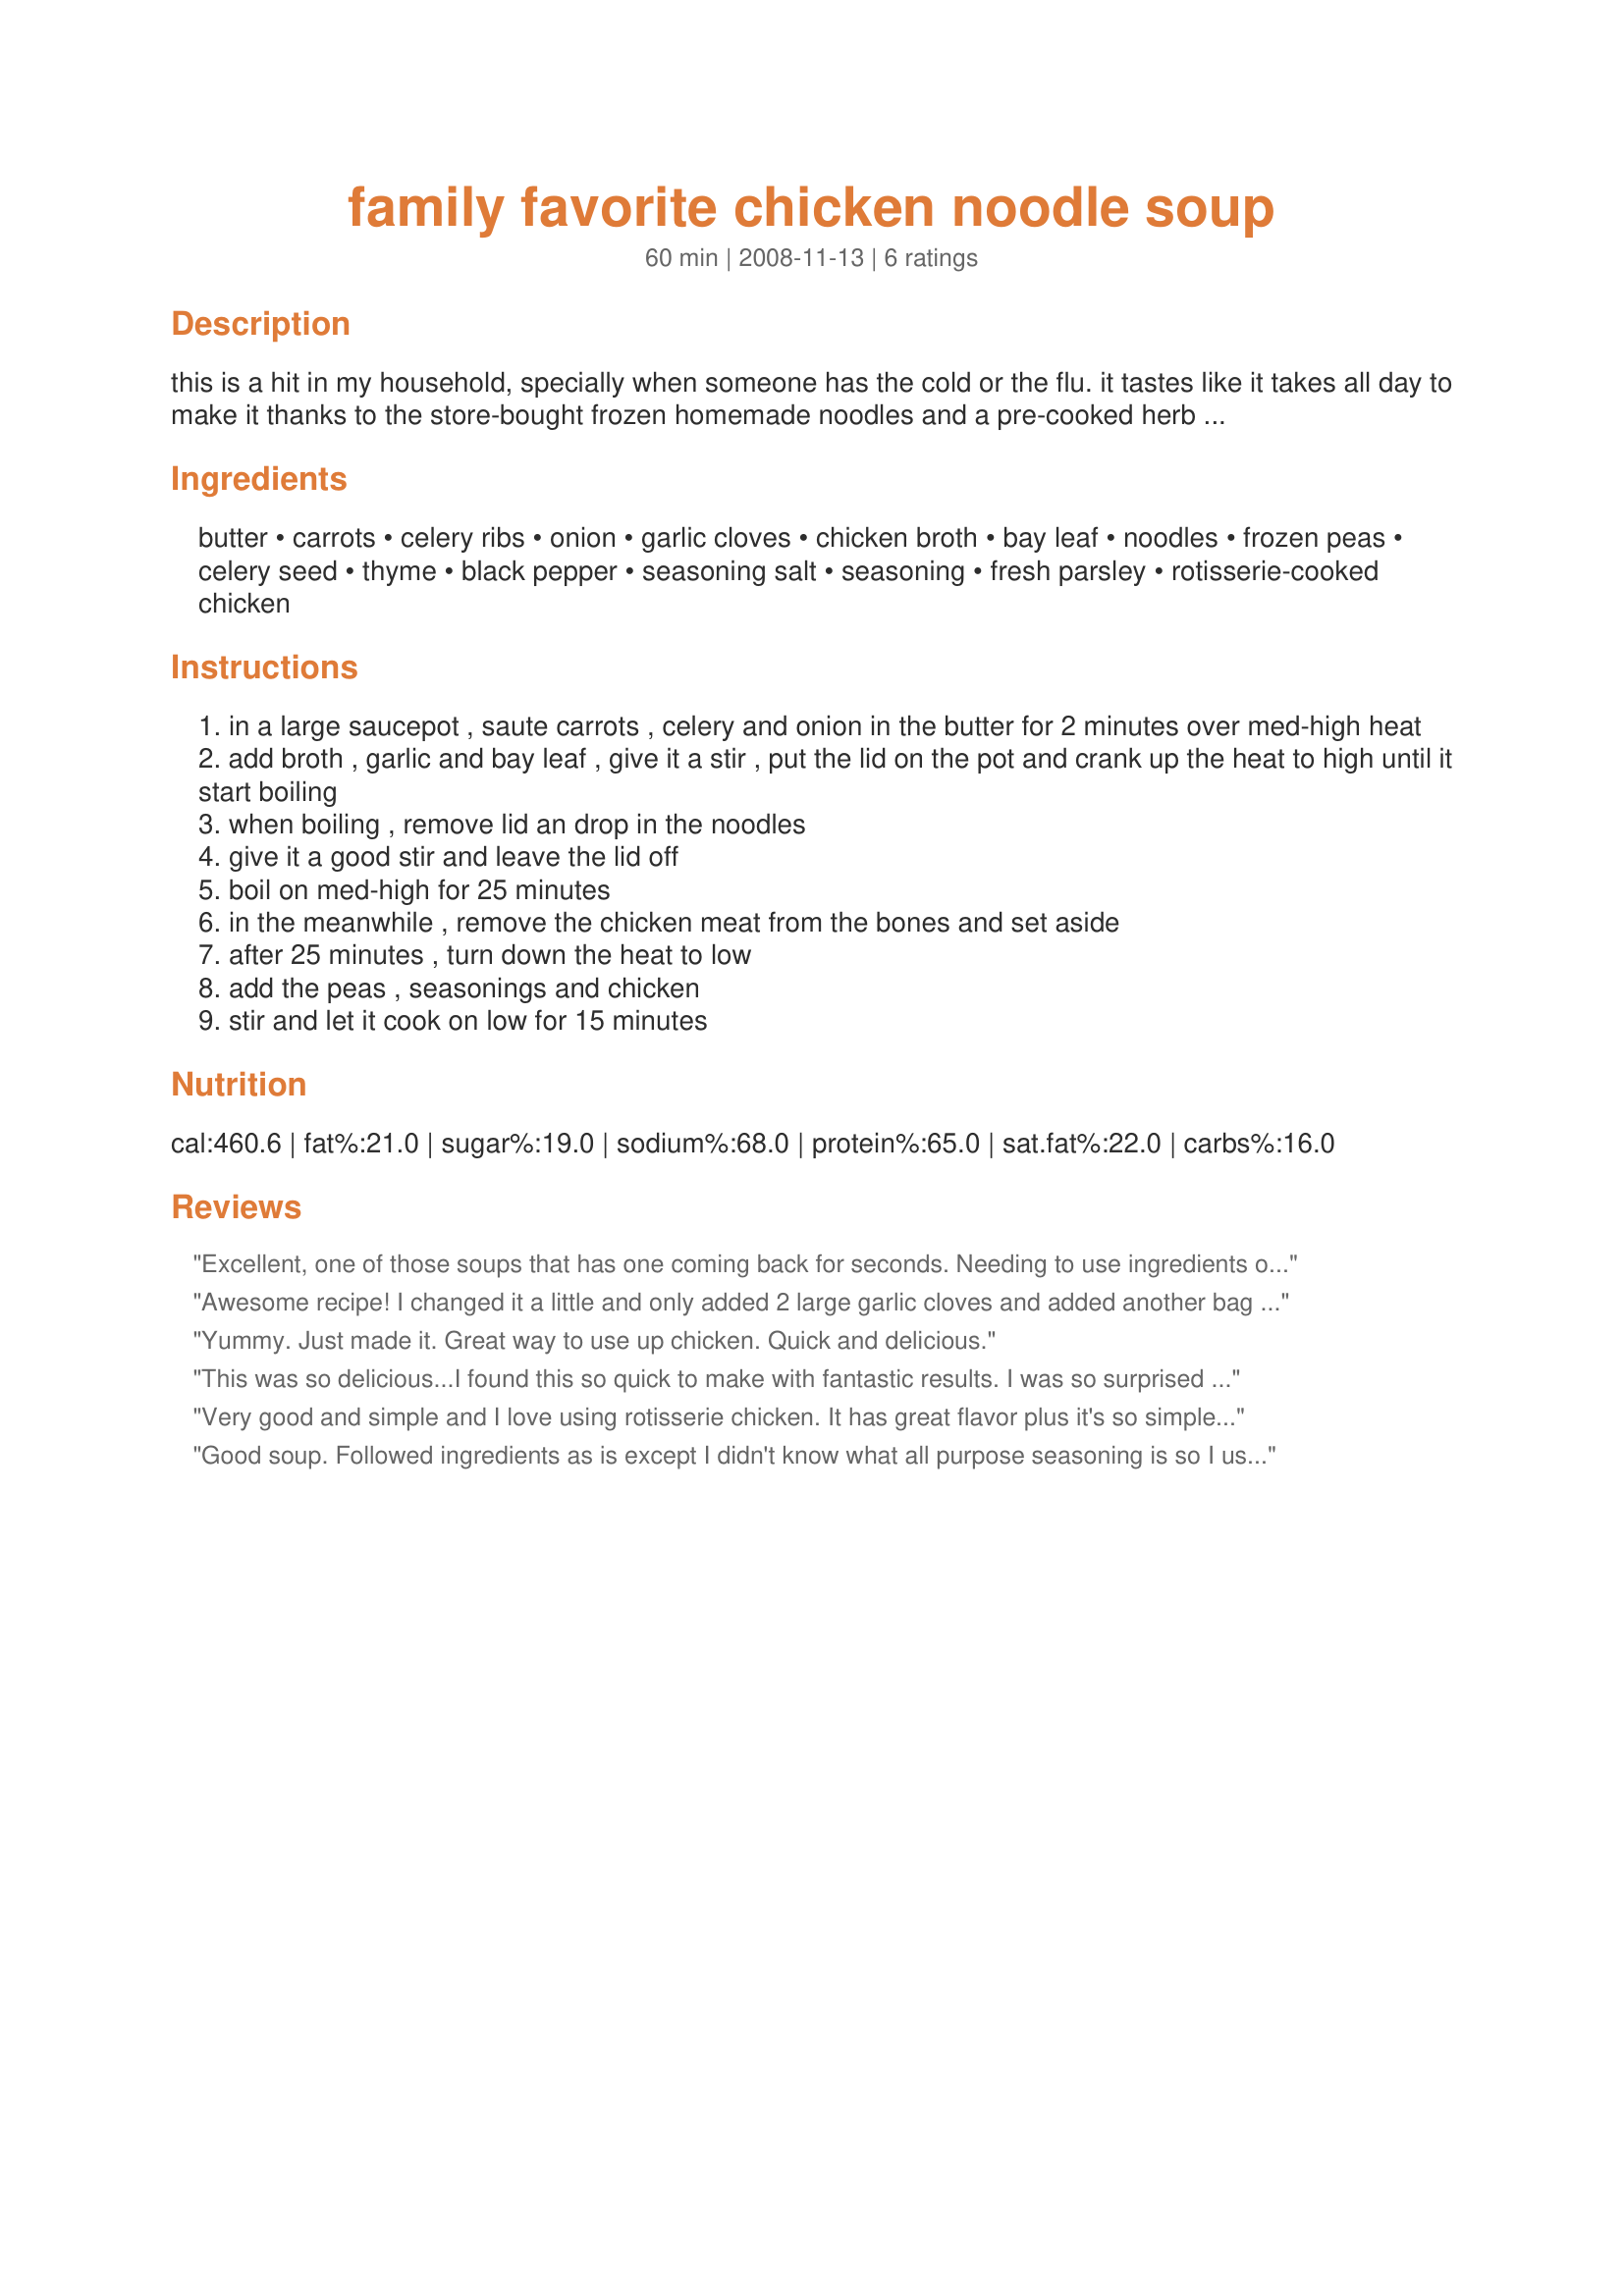
family favorite chicken noodle soup
Preparation time: 60 minutes

this is a hit in my household, specially when someone has the cold or the flu. it tastes like it takes all day to make it thanks to the store-bought frozen homemade noodles and a pre-cooked herb flavored rotisserie chicken! try it, i guarantee you'll like it. it is basic, yet so comforting an on the table in 1 hour. p.s. we also top it off with more black pepper and parmesan cheese. and i sometimes throw in some green beans too.

Ingredients:
butter, carrots, celery ribs, onion, garlic cloves, chicken broth, bay leaf, noodles, frozen peas, celery seed, thyme, black pepper, seasoning salt, seasoning, fresh parsley, rotisserie-cooked chicken

Steps:
in a large saucepot , saute carrots , celery and onion in the butter for 2 minutes over med-high heat
add broth , garlic and bay leaf , give it a stir , put the lid on the pot and crank up the heat to high until it start boiling
when boiling , remove lid an drop in the noodles
give it a good stir and leave the lid off
boil on med-high for 25 minutes
in the meanwhile , remove the chicken meat from the bones and set aside
after 25 minutes , turn down the heat to low
add the peas , seasonings and chicken
stir and let it cook on low for 15 minutes

Reviews:
Excellent, one of those soups that has one coming back for seconds. Needing to use ingredients on hand I did have to make a few substitutions which wouldn't take away from the wonderful combination that makes for that old fashioned taste. Used a home roasted herbed chicken and cooked broad noodles. (Will be checking out the frozen food section for the homestlye noodles next city shop.) I did have Spike!! Another soup that has made it into my collection - don't you love when it tastes as good as it looks! Thank you January Bride.
Awesome recipe! I changed it a little and only added 2 large garlic cloves and added another bag of noodles cause one wasn't quite enough for me. Next time I won't use as much pepper either..for some reason I could taste it really well...could just be my tounge tho.
Yummy. Just made it. Great way to use up chicken. Quick and delicious.
This was so delicious...I found this so quick to make with fantastic results. I was so surprised to find the homestyle noodles at my grocery store and I am so glad..they taste so good. I simmered the broth and veggies and noodles for over 1/2 hour then added the chicken and peas for another 1/2 hour, just to incorporate the flavors. I also added just a bit of sage seasoning. MMMmmmm, it had such a wonderful flavor , we just loved it. I think this is my first chicken noodle soup, and I am so glad it tasted so delicious. Thanks so much for posting the recipe. I look forward to some good lunches this week.
Very good and simple and I love using rotisserie chicken. It has great flavor plus it's so simple. I also used the rotisserie-flavored chicken broth. The frozen noodles are wonderful - just like the kind they serve in the restaurants.
Good soup. Followed ingredients as is except I didn't know what all purpose seasoning is so I used Emeril's Essence. For the chicken I used recipe #234465 (costs about half the cost of purchasing a rotisserie chicken). Also, in the directions it doesn't say when to add the garlic and I almost missed that step - just added it with the chicken but next time I'll saute it with the veggies. Overall, easy and yummy.
